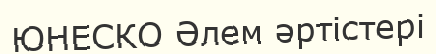
ЮНЕСКО Әлем әртiстері